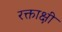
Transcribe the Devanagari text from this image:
रक्ताक्षी